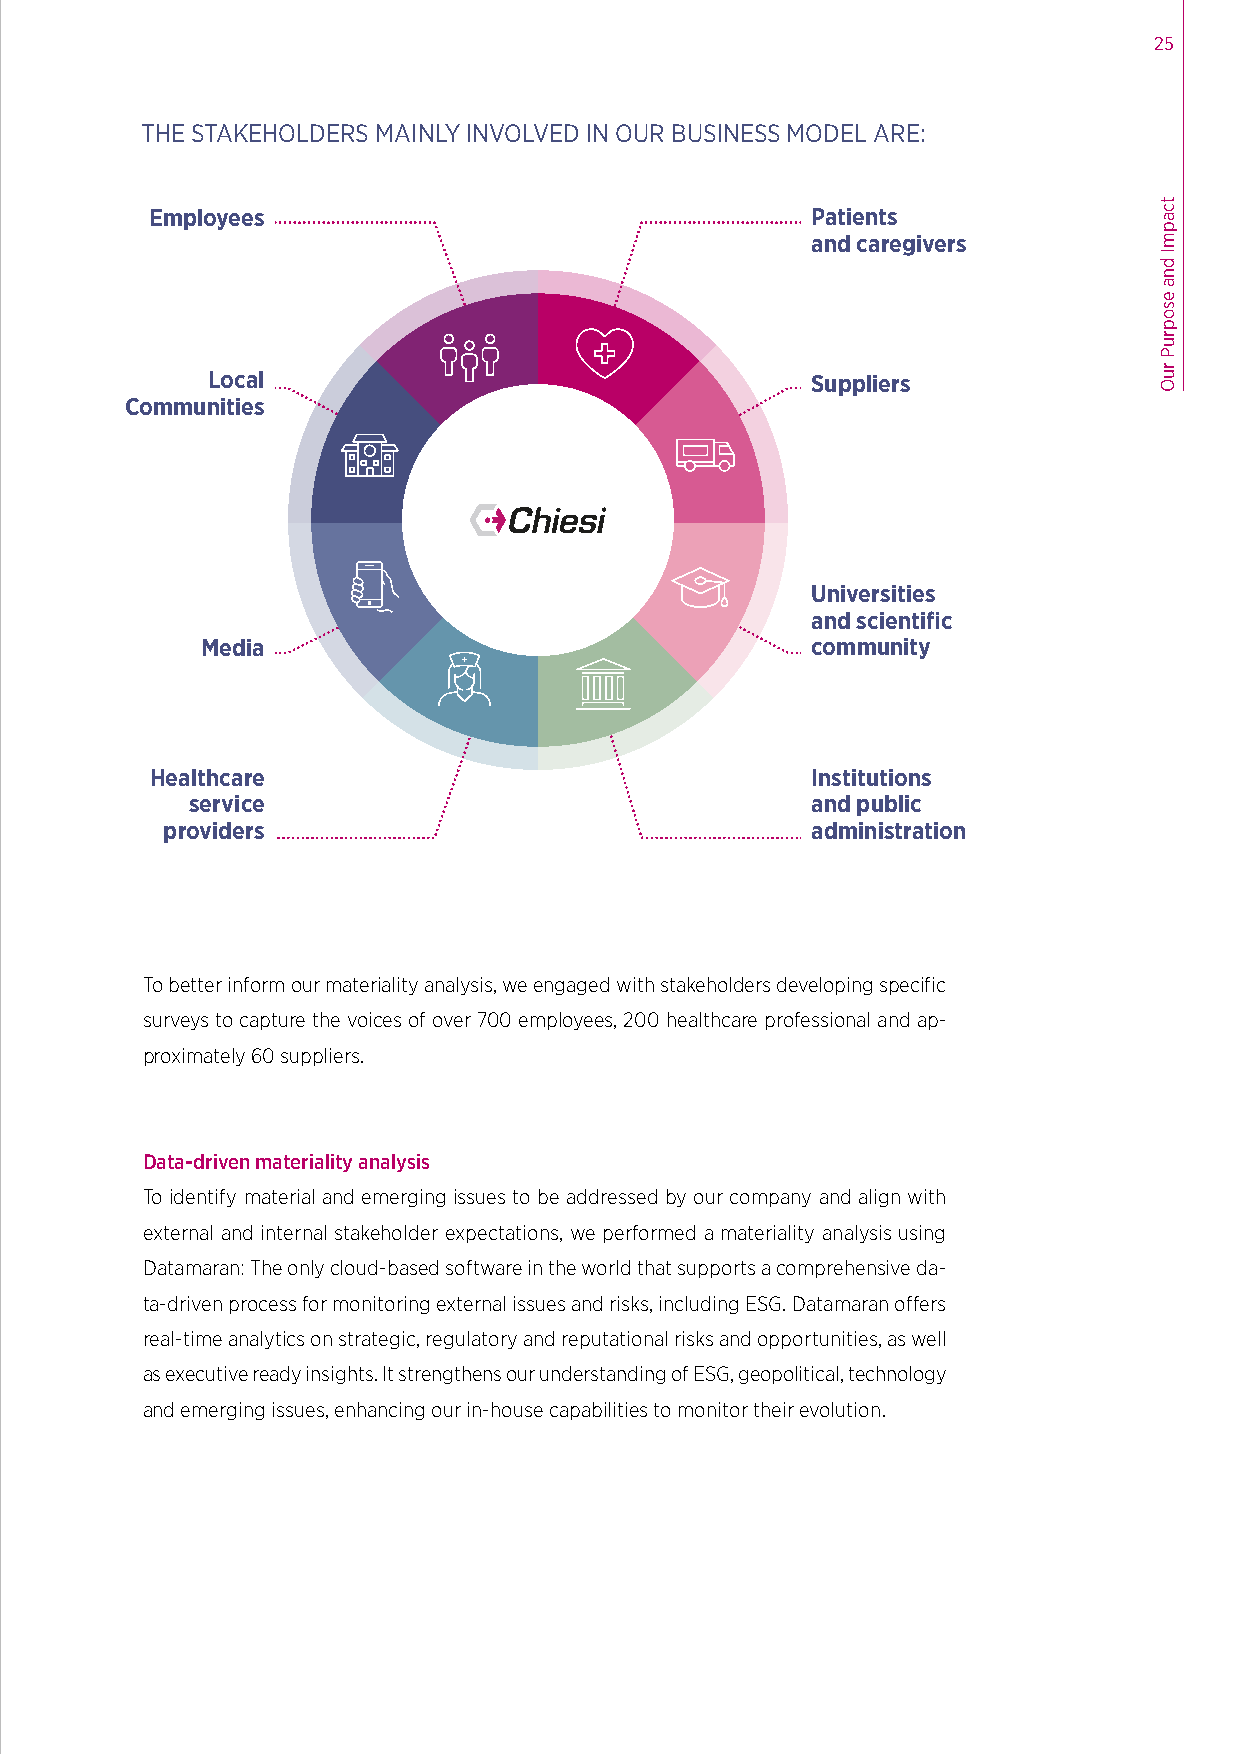
25
 THE STAKEHOLDERS MAINLY INVOLVED IN OUR BUSINESS MODEL ARE:
 Employees                                   Patients
 and caregivers
 Local                                   Suppliers
 Communities
 Universities
 and scientific
 Media                                    community
 Healthcare                                  Institutions
 service                                  and public
 providers                                  administration
 To better inform our materiality analysis, we engaged with stakeholders developing specific
 surveys to capture the voices of over 700 employees, 200 healthcare professional and ap-
 proximately 60 suppliers.
 Data-driven materiality analysis
 To identify material and emerging issues to be addressed by our company and align with
 external and internal stakeholder expectations, we performed a materiality analysis using
 Datamaran: The only cloud-based software in the world that supports a comprehensive da-
 ta-driven process for monitoring external issues and risks, including ESG. Datamaran offers
 real-time analytics on strategic, regulatory and reputational risks and opportunities, as well
 as executive ready insights. It strengthens our understanding of ESG, geopolitical, technology
 and emerging issues, enhancing our in-house capabilities to monitor their evolution.
 tcapmI
 dna
 esopruP
 ruO